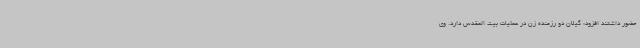
حضور داشتند افزود: گیلان دو رزمنده زن در عملیات بیت المقدس دارد. وی